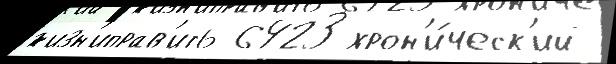
жизн'иправ'ить 6423 хрон'и́ческ'ий